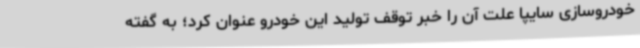
خودروسازی سایپا علت آن را خبر توقف تولید این خودرو عنوان کرد؛ به گفته